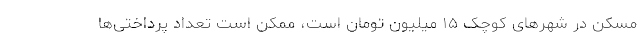
مسکن در شهرهای کوچک ۱۵ میلیون تومان است، ممکن است تعداد پرداختی‌ها